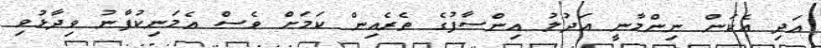
އަދި އެކަން ނިންމާނީ އަދުލު އިންސާފުގެ ތެރެއިން ކަމަށް ވެސް އެމަނިކުފާނު ވިދާޅުވި